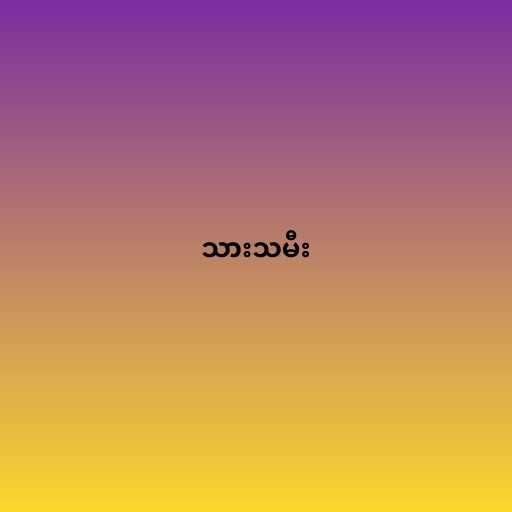
သားသမီး